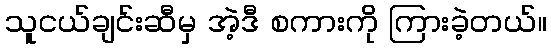
သူငယ်ချင်းဆီမှ အဲ့ဒီ စကားကို ကြားခဲ့တယ်။